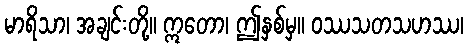
မာရိသာ၊ အချင်းတို့။ ဣတော၊ ဤနှစ်မှ။ ဝဿသတသဟဿ၊